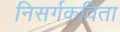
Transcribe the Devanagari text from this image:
निसर्गकविता